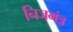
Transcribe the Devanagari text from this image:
निजमंत्र